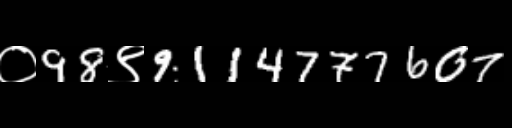
Text: ०98९9114777607